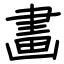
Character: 畵